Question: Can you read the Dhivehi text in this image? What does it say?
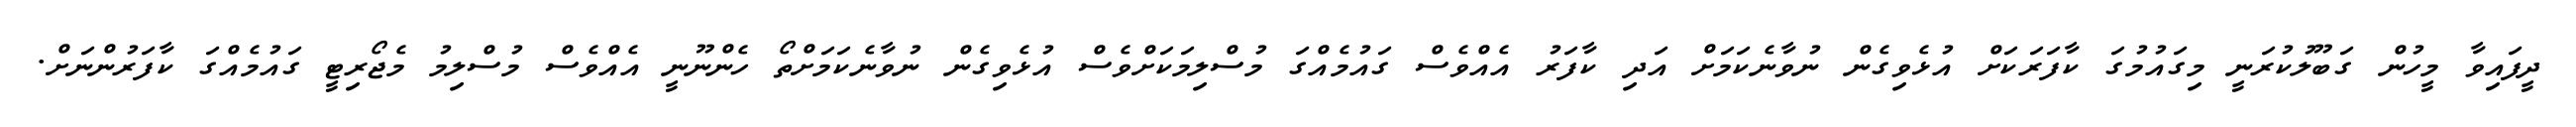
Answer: ދީފައިވާ މީހުން ގަބޫލުކުރަނީ މިގައުމުގަ ކާފަރަކަށް އުޅެވިގެން ނުވާނެކަމަށް އަދި ކާފަރު އެއްވެސް ގައުމެއްގަ މުސްލިމަކަށްވެސް އުޅެވިގެން ނުވާނެކަމަށްތޯ ހެންނޫނީ އެއްވެސް މުސްލިމު މެޖޯރިޓީ ގައުމެއްގަ ކާފަރުންނަށް.